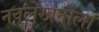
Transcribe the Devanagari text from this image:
नवलेखनाला